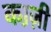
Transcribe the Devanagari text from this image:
का़ज़ी